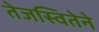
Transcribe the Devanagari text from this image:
तेजस्वितेने